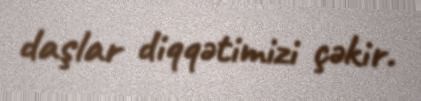
daşlar diqqətimizi çəkir.